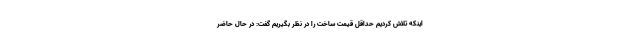
اینکه تلاش کردیم حداقل قیمت ساخت را در نظر بگیریم گفت: در حال حاضر